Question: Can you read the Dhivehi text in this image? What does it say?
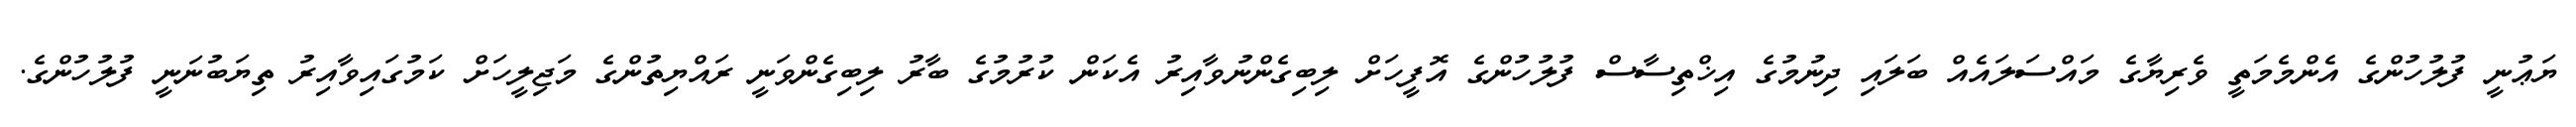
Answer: ޔަޢުނީ ފުލުހުންގެ އެންމެމަތީ ވެރިޔާގެ މައްސަލައެއް ބަލައި ދިނުމުގެ އިޚްތިސާސް ފުލުހުންގެ އޮފީހަށް ލިބިގެންނުވާއިރު އެކަން ކުރުމުގެ ބާރު ލިބިގެންވަނީ ރައްޔިތުންގެ މަޖިލީހަށް ކަމުގައިވާއިރު ތިޔަބުނަނީ ފުލުހުންގެ.